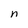
Character: n